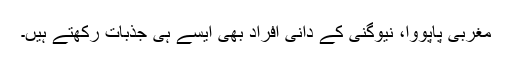
مغربی پاپووا، نیوگنی کے دانی افراد بھی ایسے ہی جذبات رکھتے ہیں۔